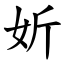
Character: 妡